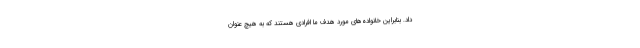
داد. بنابراین خانواده‌های مورد هدف ما افرادی هستند که به هیچ عنوان